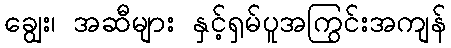
ချွေး၊ အဆီများ နှင့်ရှမ်ပူအကြွင်းအကျန်